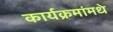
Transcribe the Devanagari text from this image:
कार्यक्रमांमधे